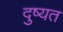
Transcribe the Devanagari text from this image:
दुष्यत